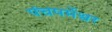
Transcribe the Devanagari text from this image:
पंचपर्मेश्वर